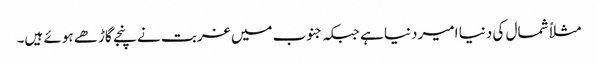
مثلاً شمال کی دنیا امیر دنیا ہے جبکہ جنوب میں غربت نے پنجے گاڑھے ہوئے ہیں۔